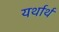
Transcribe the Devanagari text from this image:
यर्थार्थ